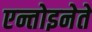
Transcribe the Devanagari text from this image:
एन्तोइनेते